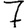
Digit: 7